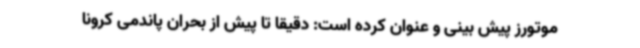
موتورز پیش بینی و عنوان کرده است: دقیقاً تا پیش از بحران پاندمی کرونا